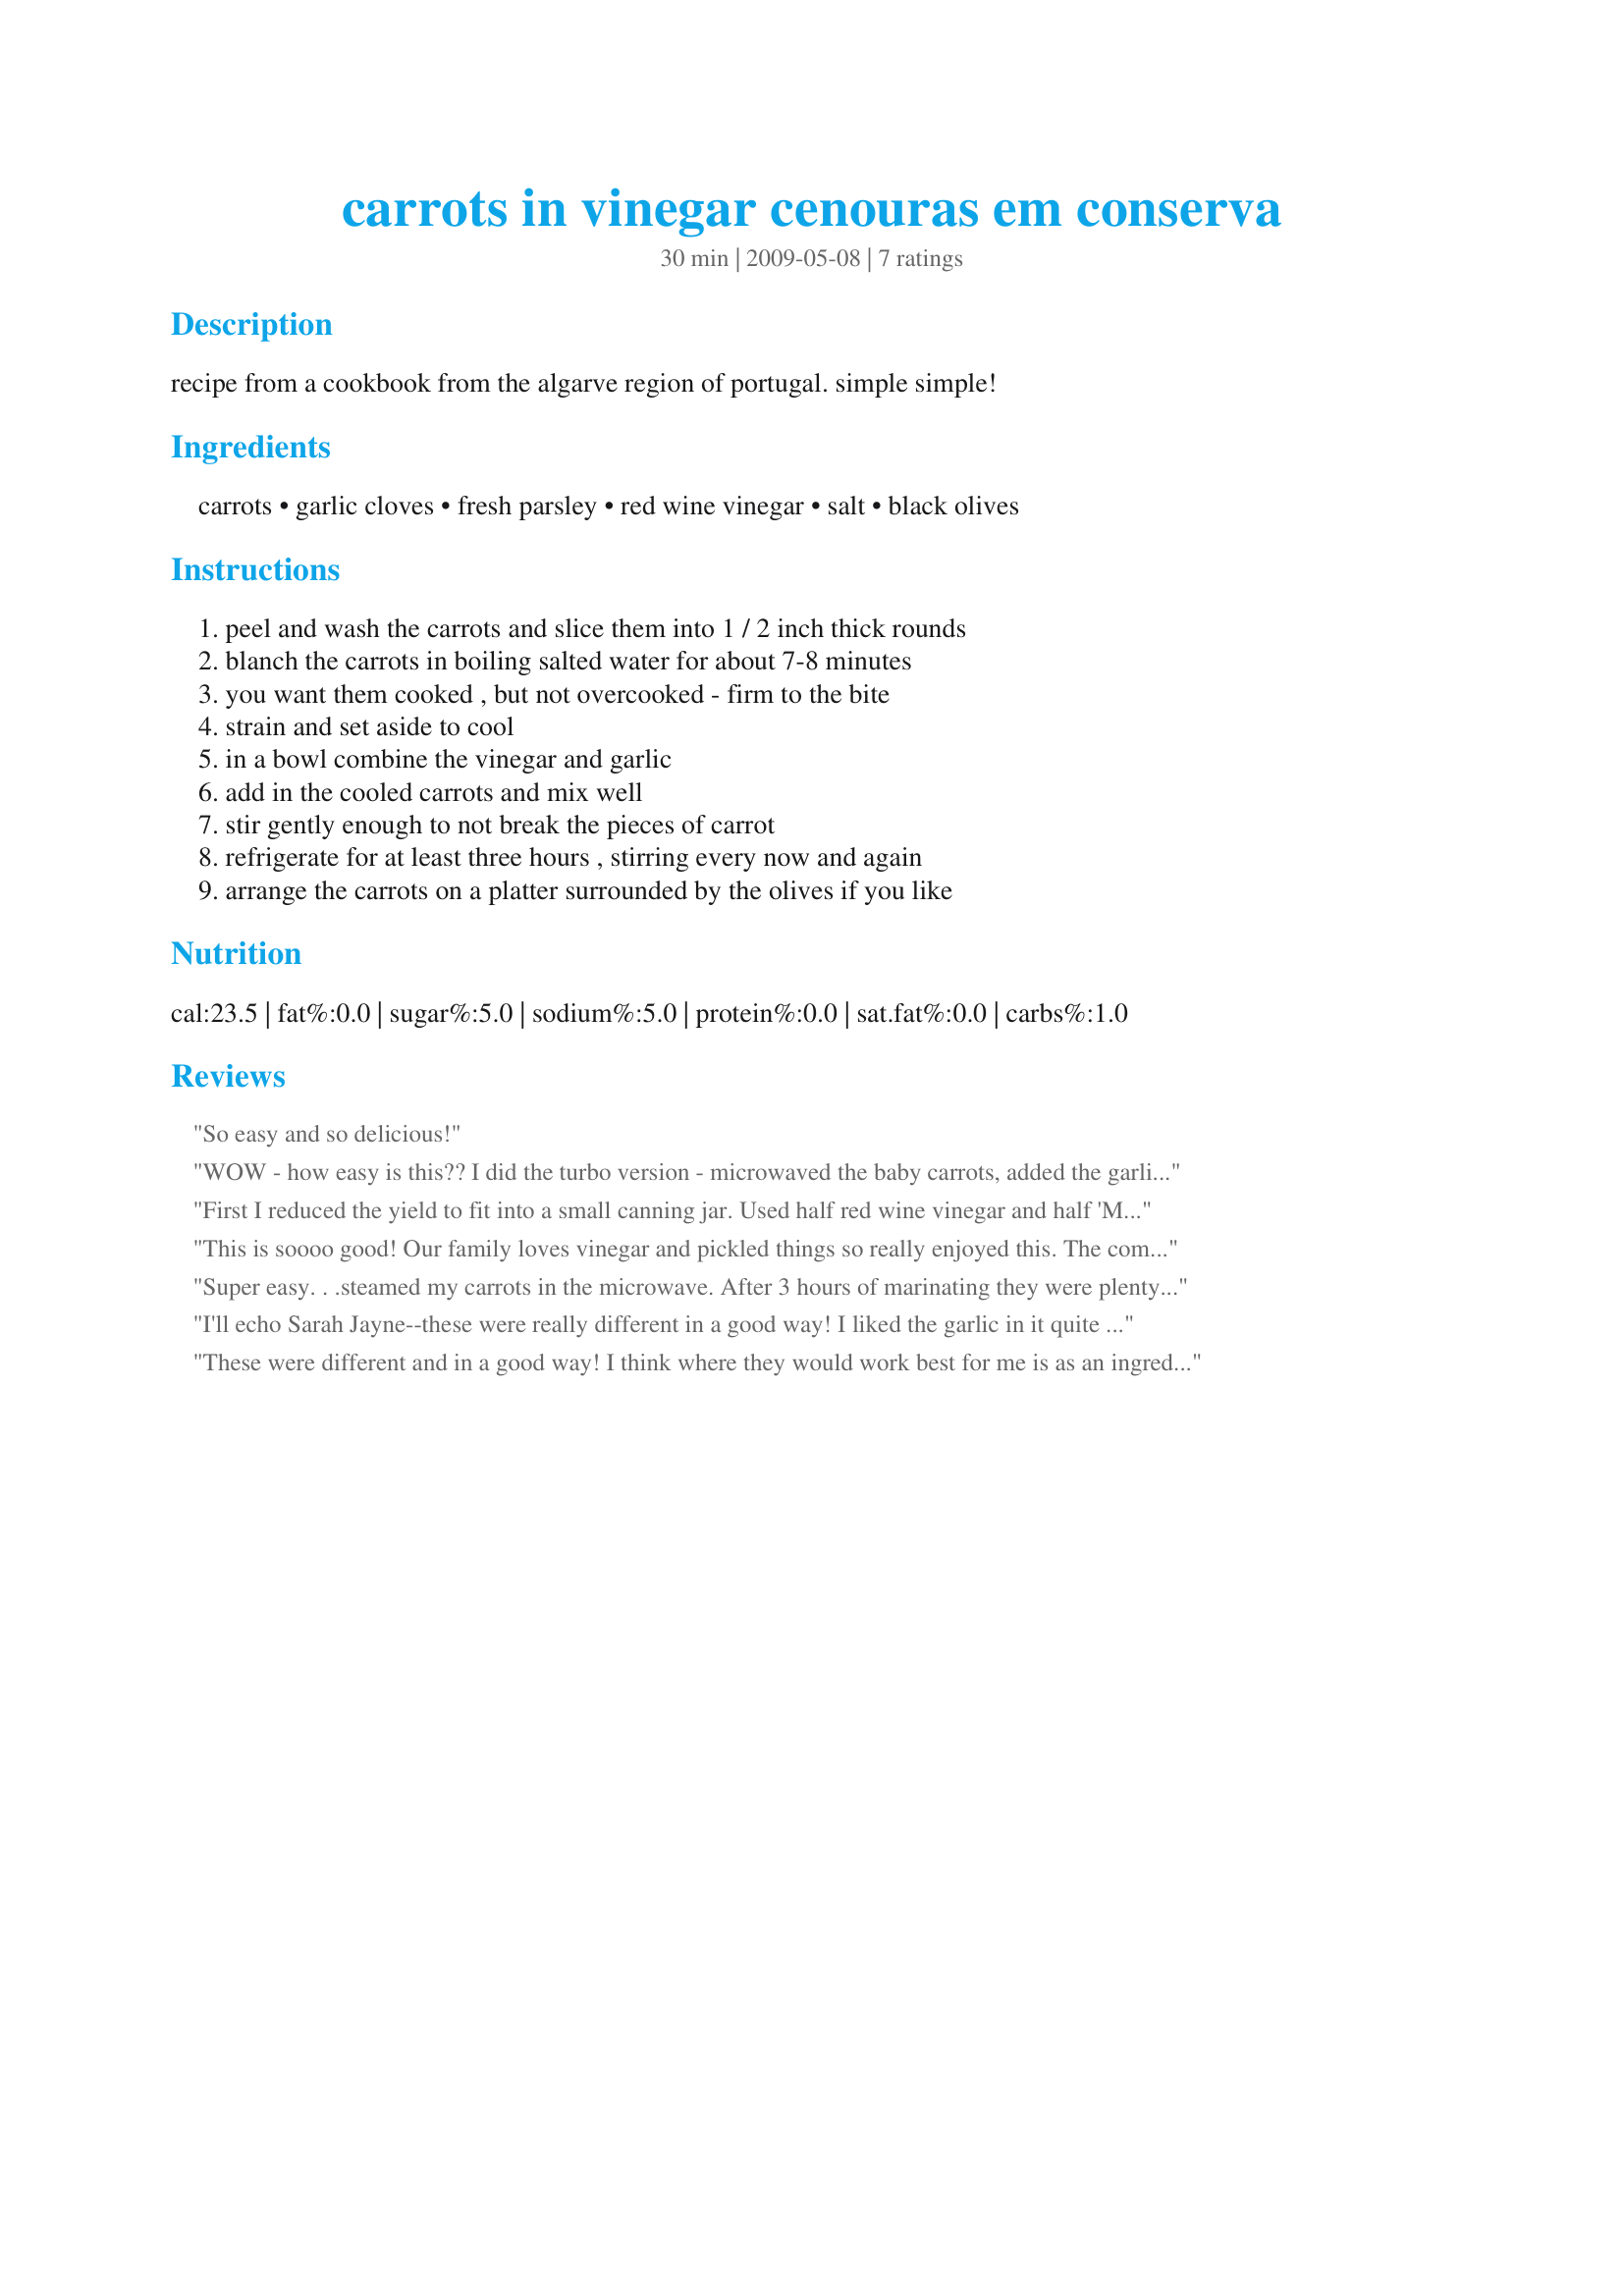
carrots in vinegar cenouras em conserva
Preparation time: 30 minutes

recipe from a cookbook from the algarve region of portugal. simple simple!

Ingredients:
carrots, garlic cloves, fresh parsley, red wine vinegar, salt, black olives

Steps:
peel and wash the carrots and slice them into 1 / 2 inch thick rounds, blanch the carrots in boiling salted water for about 7-8 minutes, you want them cooked , but not overcooked - firm to the bite, strain and set aside to cool, in a bowl combine the vinegar and garlic, add in the cooled carrots and mix well, stir gently enough to not break the pieces of carrot, refrigerate for at least three hours , stirring every now and again, arrange the carrots on a platter surrounded by the olives if you like

Reviews:
So easy and so delicious!
WOW - how easy is this?? I did the turbo version - microwaved the baby carrots, added the garlic, salt & vinegar & stuffed it in the freezer for about 45 minutes while the casserole was in the oven! It worked! It's a rather PERKY recipe. I'm putting this on my crowd pleasing, do ahead summer menu! Made for ZWT '09!
First I reduced the yield to fit into a small canning jar. Used half red wine vinegar and half 'Malbec' red wine with "deep aromas of blueberries and chocolate'. Threw in a fresh bay leaf, one clove minced garlic and one whole garlic, whole black peppercorns two whole jalapeno-stuffed green olives and a few pimiento-stuffed green olives. No salt-the olives will supply that. Easy and delicious over a bed of baby spinach leaves. Thanks for posting! Reviewed for Veg Tag/January.
This is soooo good! Our family loves vinegar and pickled things so really enjoyed this. The combination of garlic and vinegar changed mild, sweet carrots to something very pungent and absolutely delicious! DH and DS2 both asked me to keep these on hand during the summer months for snacking. Wonderful!! Made for Ali Baba's Babes for ZWT5.
Super easy. . .steamed my carrots in the microwave. After 3 hours of marinating they were plenty strong for me. Funny how the vinegar really brings out the sweetness in the carrots! Made for Veggie Swap May 2010.
I'll echo Sarah Jayne--these were really different in a good way! I liked the garlic in it quite a bit, so much so that next time I might even add more. I'm curious to know what other vinegars would work with this, too! You could really have fun playing with different varieties and have some really jazzy veggies! Thanks for posting! Made for Veg*n Swap #21.
These were different and in a good way! I think where they would work best for me is as an ingredient in other things. I ended up taking your suggestion and using some of these and some black olives in an egg salad recipe and they worked well to make the sandwich something special. Made for vegetarian swap.
